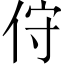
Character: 㑏